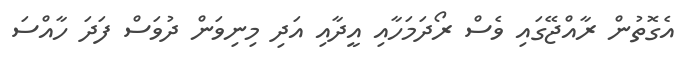
އެގޮތުން ރާއްޖޭގައި ވެސް ރޯދަމަހާއި އީދާއި އަދި މިނިވަން ދުވަސް ފަދަ ހާއްސަ